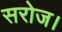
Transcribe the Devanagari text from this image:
सरोज।